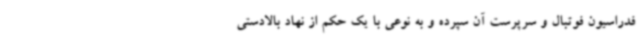
فدراسیون فوتبال و سرپرست آن سپرده و به نوعی با یک حکم از نهاد بالادستی